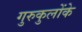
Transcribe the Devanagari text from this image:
गुरुकुलोंके